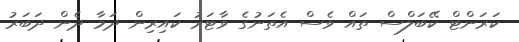
ކަރަންޓް ކޭބަލްސް ތައް ވެސް އެތަނުގެ ވާޓަރު ކައިރިން ދަމާ ދެން ދަބަރު